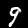
Label: 9